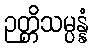
ဉတ္တိသမ္ပန္နံ